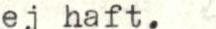
ej haft.